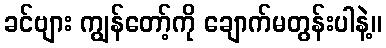
ခင်ဗျား ကျွန်တော့်ကို ချောက်မတွန်းပါနဲ့။